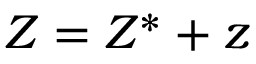
Z = Z ^ { * } + z